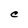
Character: C